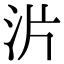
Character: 沜